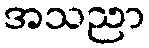
အသညာ